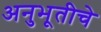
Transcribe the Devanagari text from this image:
अनुभूतीचे